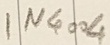
Text: IN4004